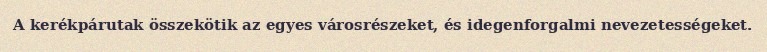
A kerékpárutak összekötik az egyes városrészeket, és idegenforgalmi nevezetességeket.